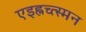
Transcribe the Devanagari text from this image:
एइह्नच्त्स्मन